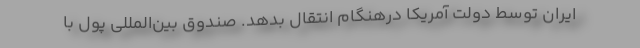
ایران توسط دولت آمریکا درهنگام انتقال بدهد. صندوق بین‌المللی پول با